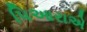
પિઆરાએ